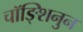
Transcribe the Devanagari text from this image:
चॉङ्शिनुन